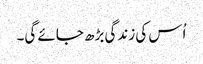
اُس کی زندگی بڑھ جائے گی۔